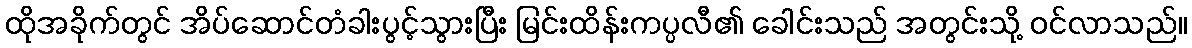
ထိုအခိုက်တွင် အိပ်ဆောင်တံခါးပွင့်သွားပြီး မြင်းထိန်းကပ္ပလီ၏ ခေါင်းသည် အတွင်းသို့ ဝင်လာသည်။